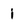
Character: i